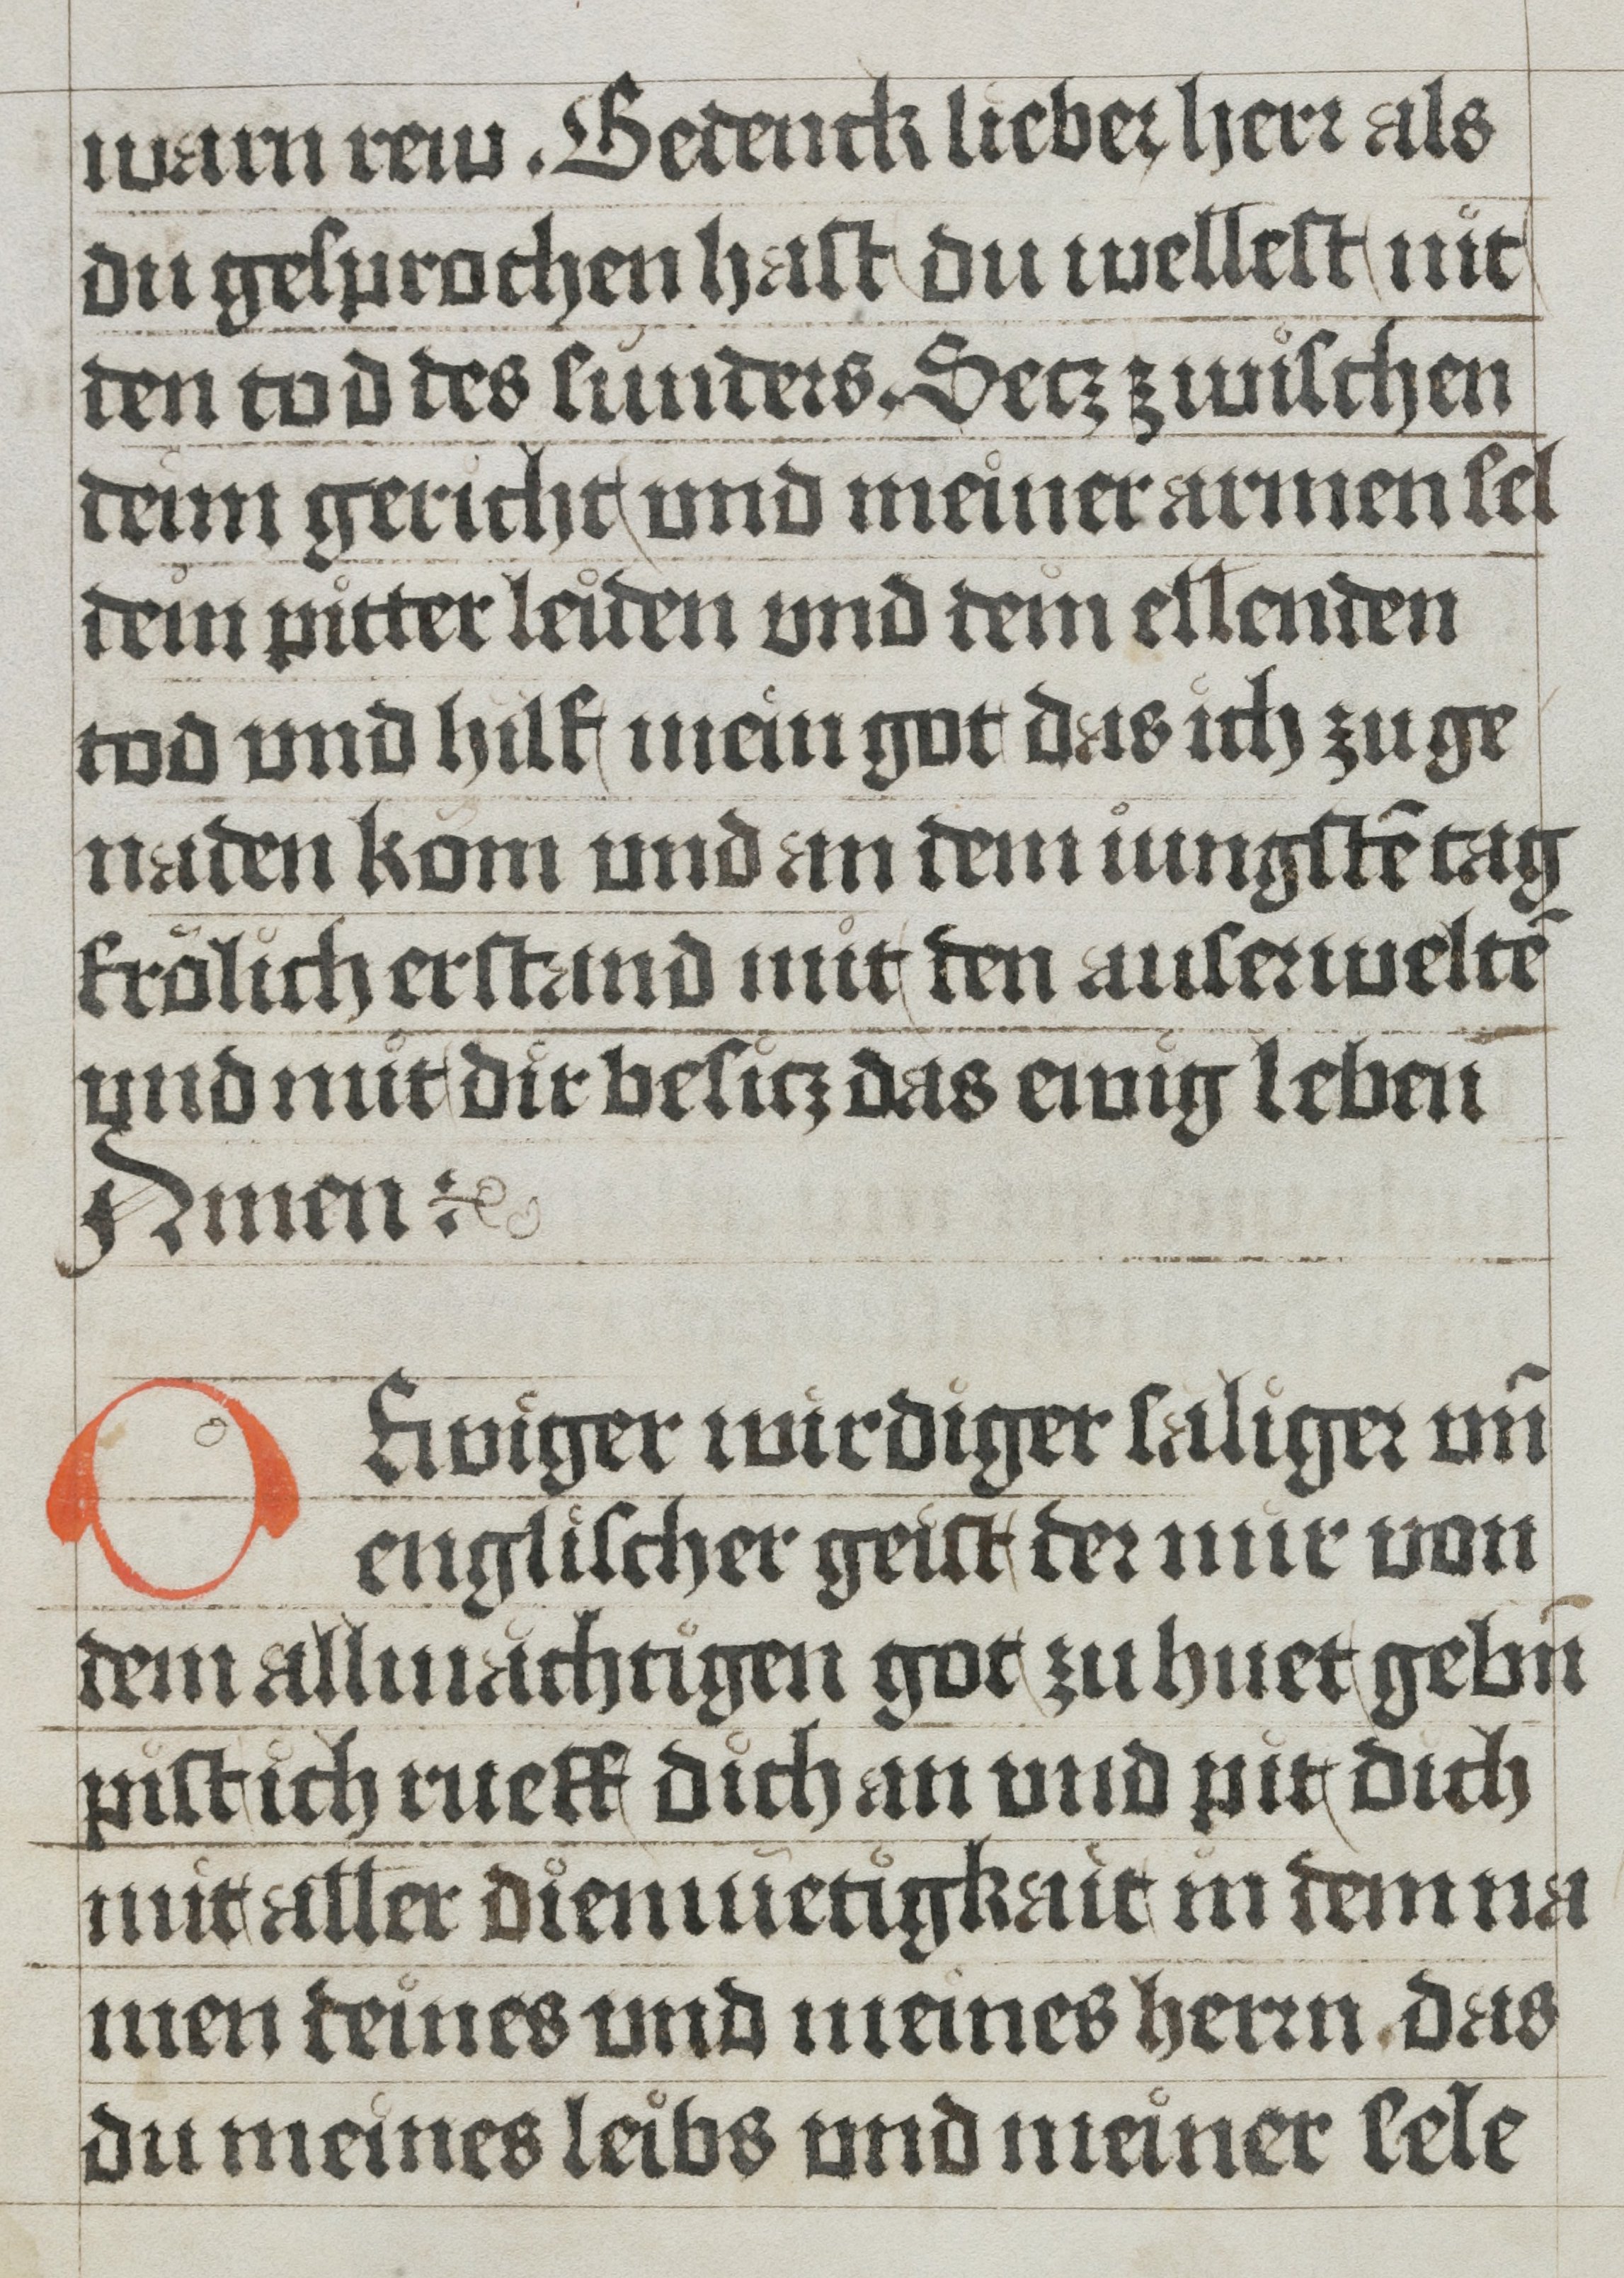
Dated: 1485–1535